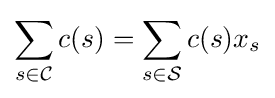
\sum _{s\in {\mathcal {C}}}c(s)=\sum _{s\in {\mathcal {S}}}c(s)x_{s}